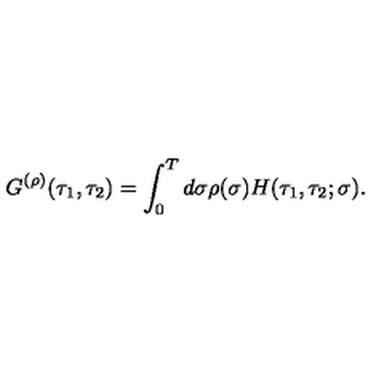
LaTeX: G ^ { ( \rho ) } ( \tau _ { 1 } , \tau _ { 2 } ) = \int _ { 0 } ^ { T } d \sigma \rho ( \sigma ) H ( \tau _ { 1 } , \tau _ { 2 } ; \sigma ) .